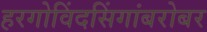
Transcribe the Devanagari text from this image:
हरगोविंदसिंगांबरोबर